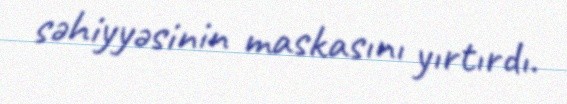
səhiyyəsinin maskasını yırtırdı.